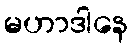
မဟာဒါနေ